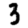
Digit: 3